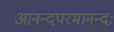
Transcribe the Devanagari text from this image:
आनन्दपरमानन्दः